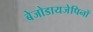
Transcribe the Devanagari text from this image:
बेजोडायजेपिनों